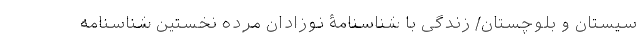
سيستان و بلوچستان/ زندگی با شناسنامۀ نوزادان مرده نخستين شناسنامه